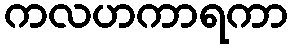
ကလဟကာရကာ